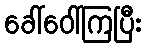
ခေါ်ဝေါ်ကြပြီး